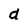
Character: d